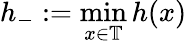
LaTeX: h_{-}:=\operatorname*{min}_{x\in\mathbb{T}}h(x)